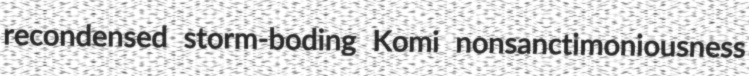
recondensed storm-boding Komi nonsanctimoniousness